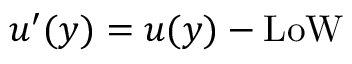
u ^ { \prime } ( y ) = u ( y ) - \mathrm { L o W }